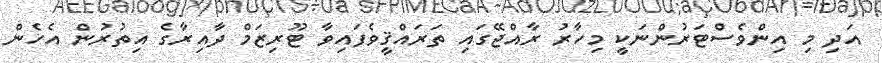
އަދި މި އިންވެސްޓަރުންނަކީ މިހާރު ރާއްޖޭގައި ތަރައްޤީވެފައިވާ ޓޫރިޒަމް ދާއިރާގެ އިތުރުން އެހެން